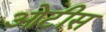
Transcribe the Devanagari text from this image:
ओटीस